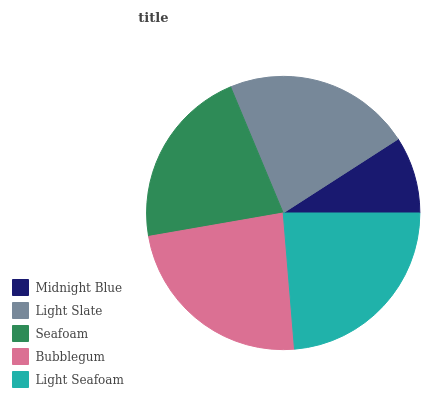
| Midnight Blue | Light Slate | Seafoam | Bubblegum | Light Seafoam |
 | --- | --- | --- | --- | --- |
 | 9.11% | 22.1% | 21.5% | 23.6% | 23.7% |